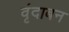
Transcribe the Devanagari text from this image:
वृंदाबन